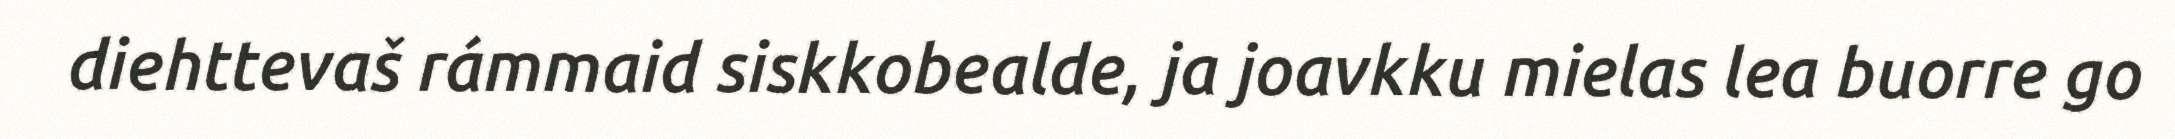
diehttevaš rámmaid siskkobealde, ja joavkku mielas lea buorre go